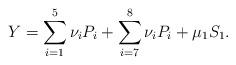
LaTeX: \begin{align*}Y=\sum_{i=1}^{5}\nu_i P_i+\sum_{i=7}^{8}\nu_i P_i+\mu_1S_1.\end{align*}